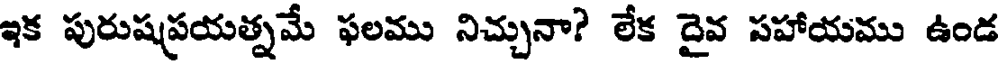
ఇక పురుషప్రయత్నమే ఫలము నిచ్చునా? లేక దైవ సహాయము ఉండ